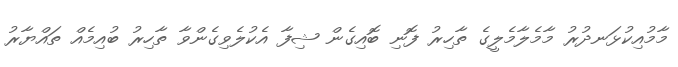
މާމުއިކުޅަނދުރު މާމެލާމެލީގެ ތާހިރު ފޮނި ބޮއިގެން ޝިފާ އެކުލެވިގެންވާ ތާހިރު ބުއިމެއް ތައްޔާރު